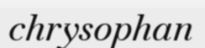
chrysophan